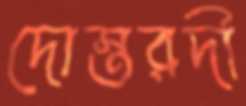
দোস্তরদী